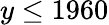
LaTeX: y\leq 1960